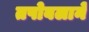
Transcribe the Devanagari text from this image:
तपोबलाने